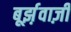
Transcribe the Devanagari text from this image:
बूर्झ़वाज़ी